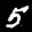
Label: 5